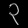
Digit: ၃